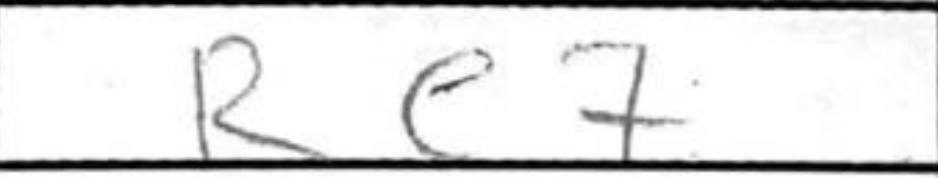
Transcription: Re7